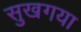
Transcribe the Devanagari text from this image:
सुखगया